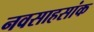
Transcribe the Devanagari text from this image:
नवसाहसांक